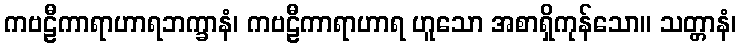
ကဗဠီကာရာဟာရဘက္ခာနံ၊ ကဗဠီကာရာဟာရ ဟူသော အစာရှိကုန်သော။ သတ္တာနံ၊